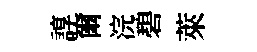
諄爾浣碧萊